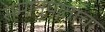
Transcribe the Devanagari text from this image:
समानुपाताचा